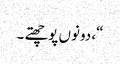
“، دونوں پوچھتے ۔